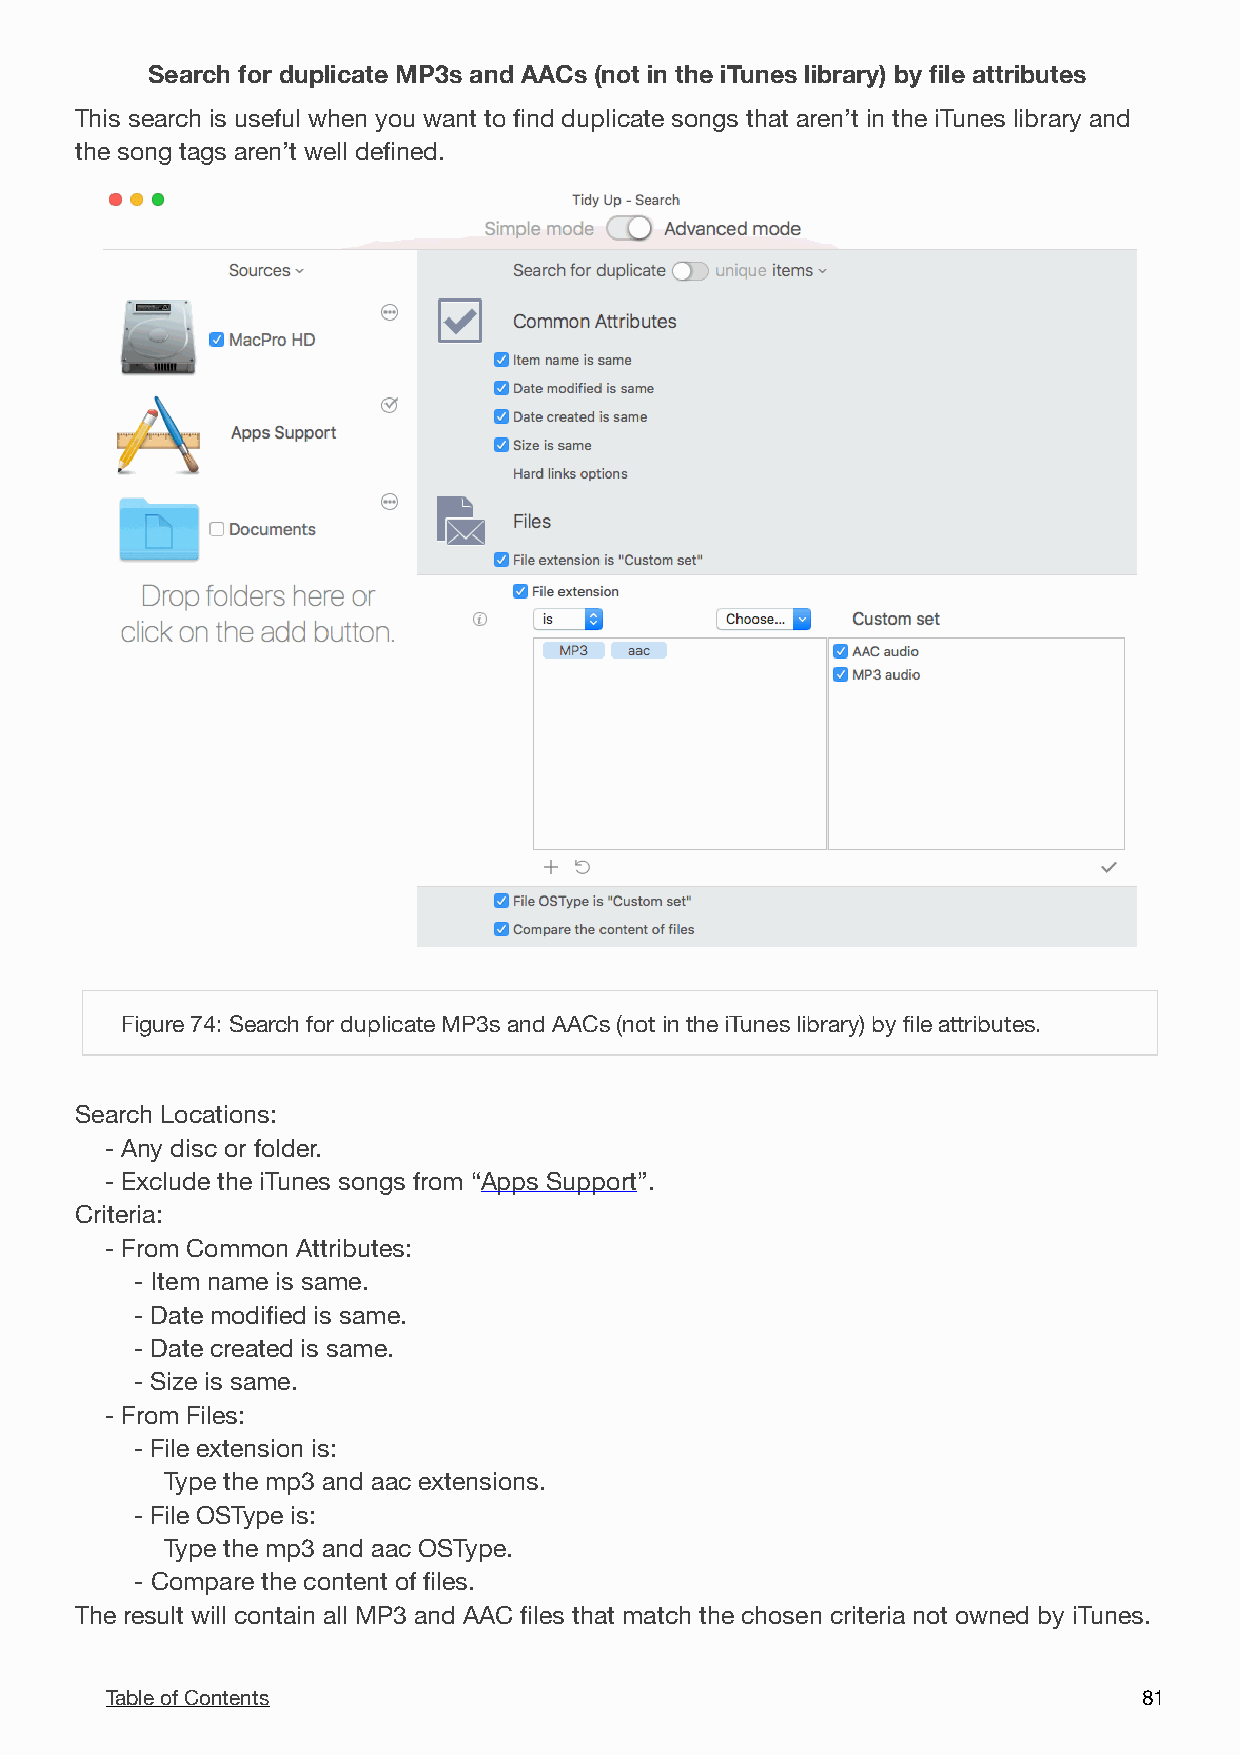
Search for duplicate MP3s and AACs (not in the iTunes library) by file attributes
 This search is useful when you want to find duplicate songs that aren’t in the iTunes library and
 the song tags aren’t well defined.
 !
 Figure 74: Search for duplicate MP3s and AACs (not in the iTunes library) by file attributes.
 Search Locations:
 - Any disc or folder.
 - Exclude the iTunes songs from “Apps Support”.
 Criteria:
 - From Common Attributes:
 - Item name is same.
 - Date modified is same.
 - Date created is same.
 - Size is same.
 - From Files:
 - File extension is:
 Type the mp3 and aac extensions.
 - File OSType is:
 Type the mp3 and aac OSType.
 - Compare the content of files.
 The result will contain all MP3 and AAC files that match the chosen criteria not owned by iTunes.
 Table of Contents                                                    8 1